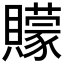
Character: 𮚩